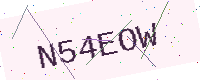
Text: N54EOW